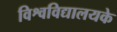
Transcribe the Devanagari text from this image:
विश्वविद्यालयके